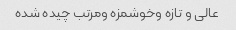
عالی و تازه و‌خوشمزه و‌مرتب چیده شده